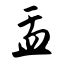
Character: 盂